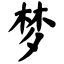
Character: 梦